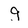
Character: g